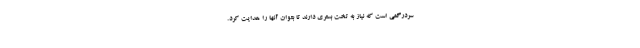
سردرگمی است که نیاز به تخت بستری دارند تا بتوان آنها را هدایت کرد.